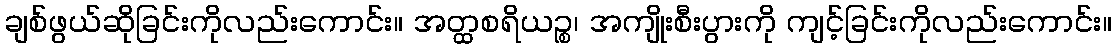
ချစ်ဖွယ်ဆိုခြင်းကိုလည်းကောင်း။ အတ္ထစရိယဉ္စ၊ အကျိုးစီးပွားကို ကျင့်ခြင်းကိုလည်းကောင်း။